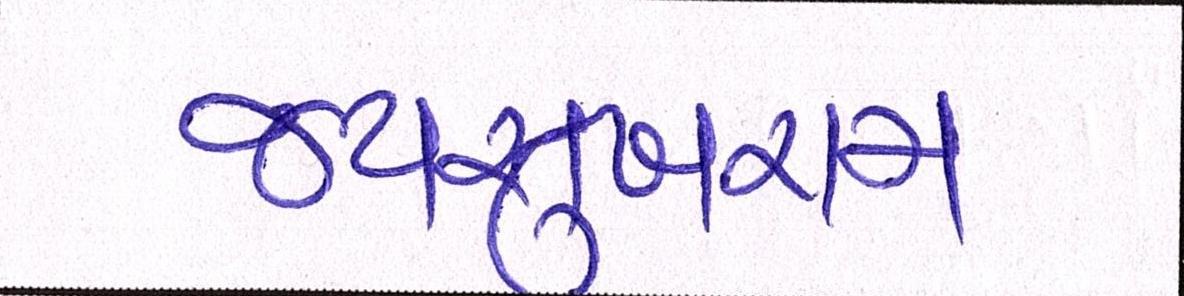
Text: જયસુખરામ